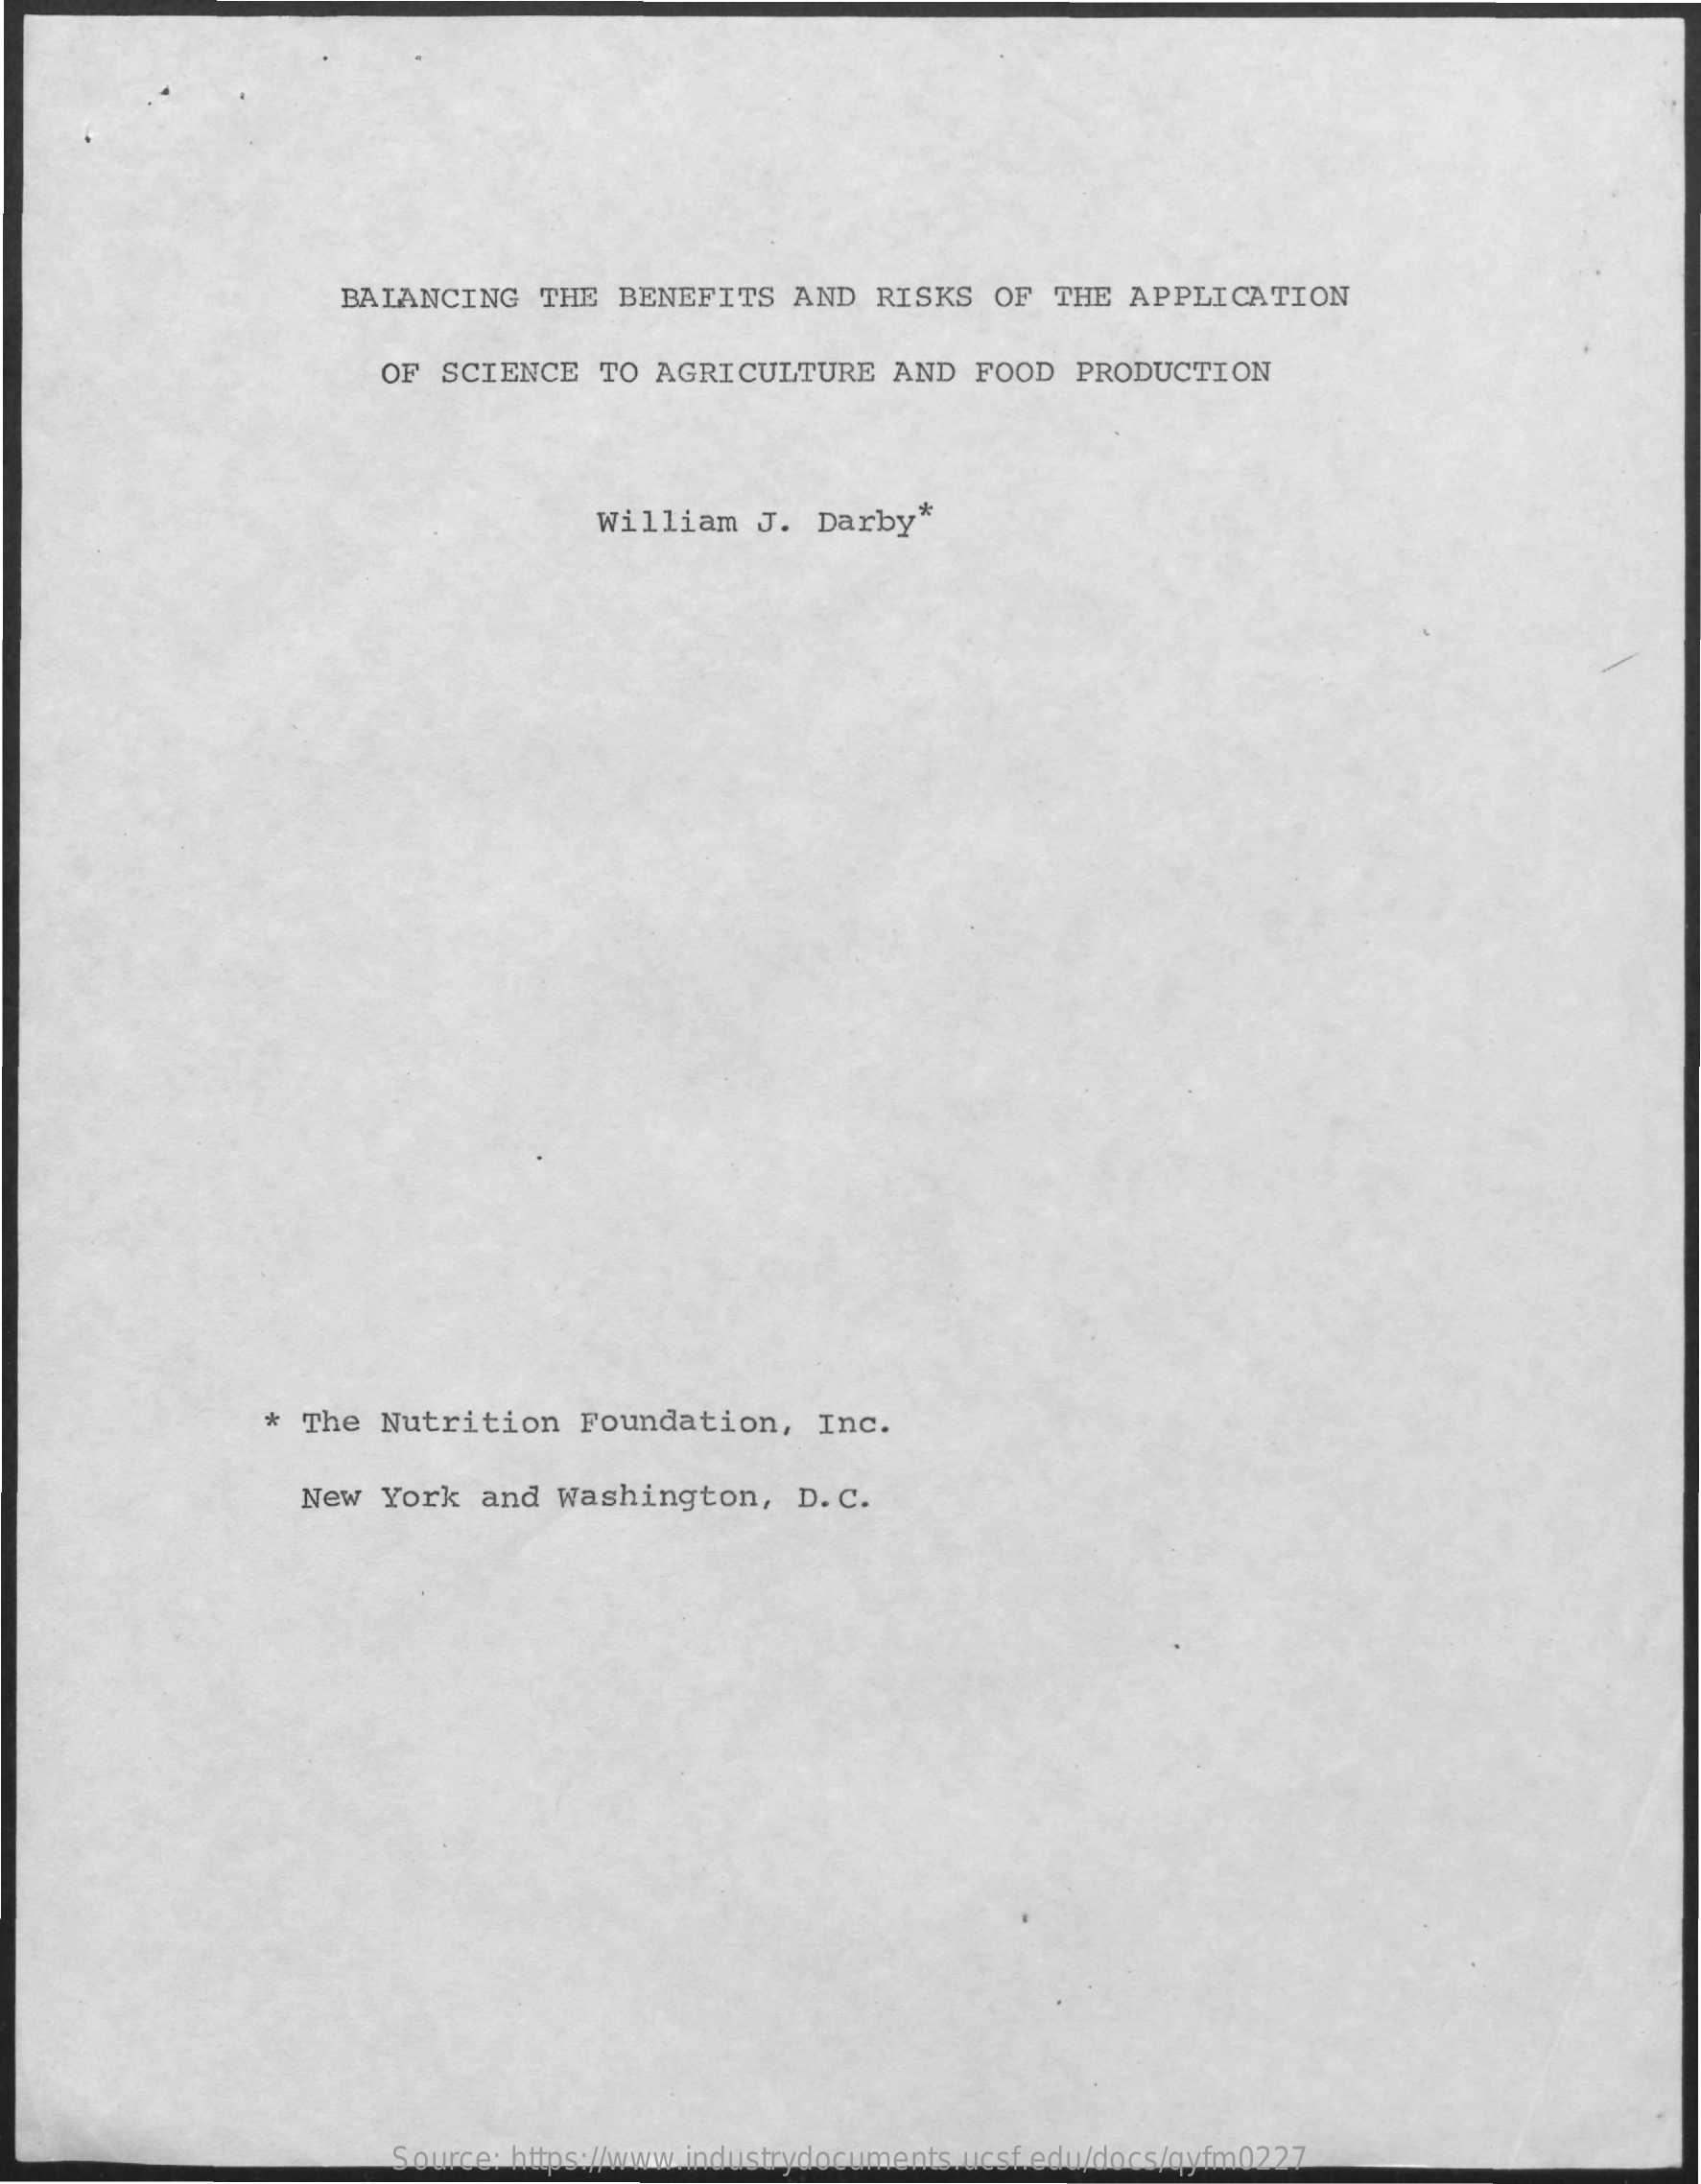
BALANCING    THE  BENEFITS   AND  RISKS   OF  THE  APPLICATION
     OF SCIENCE    TO AGRICULTURE    AND  FOOD  PRODUCTION
     William   J.  Darby*
     *  The  Nutrition   Foundation,    Inc.
     New   York  and  Washington,    D. C.
     Source: https://www.industrydocuments.ucsf.edu/docs/qyfm0227